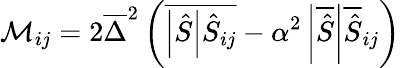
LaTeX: {\mathcal{M}}_{ij}=2{\overline{{\Delta}}}^{2}\left({\overline{{\left|{\hat{S}}\right|{\hat{S}}_{ij}}}}-\alpha^{2}\left|{\overline{{\hat{S}}}}\right|{\overline{{\hat{S}}}}_{ij}\right)